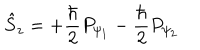
\hat { S } _ { z } = + \frac { \hbar } 2 P _ { \psi _ { 1 } } - \frac { \hbar } 2 P _ { \psi _ { 2 } }